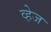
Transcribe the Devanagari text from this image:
व्हेज